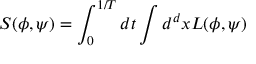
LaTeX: S ( \phi , \psi ) = \int _ { 0 } ^ { 1 / T } d t \int d ^ { d } x { \cal L } ( \phi , \psi )